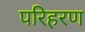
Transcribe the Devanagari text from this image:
परिहरण